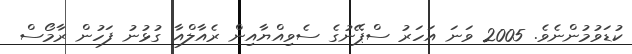
ކުޑަވުމުންނެވެ. 2005 ވަނަ އަހަރު ސްޕޭނުގެ ސެވިއްޔާއިން ރެއާލްއާ ގުޅުނު ފަހުން ރާމޯސް